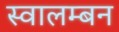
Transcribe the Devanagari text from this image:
स्वालम्बन